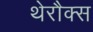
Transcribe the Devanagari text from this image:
थेरौक्स